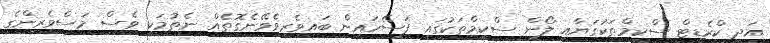
އަދި ކްރެޑިޓް ސްކީމްތަކުގަޔާއި ލޯން ސްކީމްތަކުގައި ފަސޭހައިން ބައިވެރިވެވޭނެގޮތެއް ނެތުމަކީ ވެސް މަސްވެރިންގެ